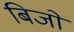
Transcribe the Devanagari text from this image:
बिजों